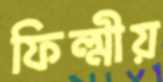
ফিল্মীয়